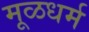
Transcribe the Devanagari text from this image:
मूळधर्म